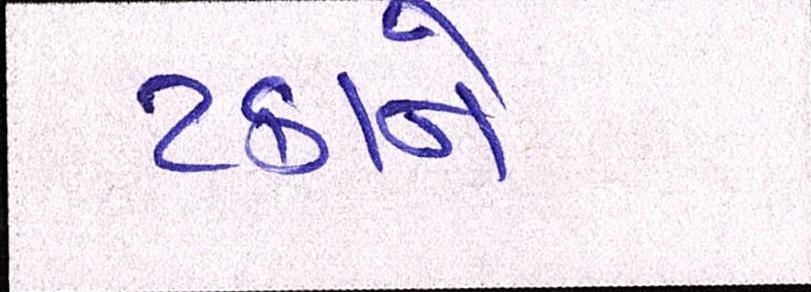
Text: ટકાને